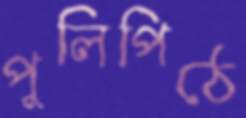
পুলিপিঠে